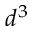
d ^ { 3 }